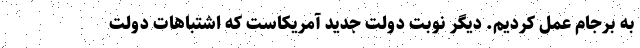
به برجام عمل کردیم. دیگر نوبت دولت جدید آمریکاست که اشتباهات دولت